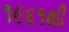
૧૯૬૧થી